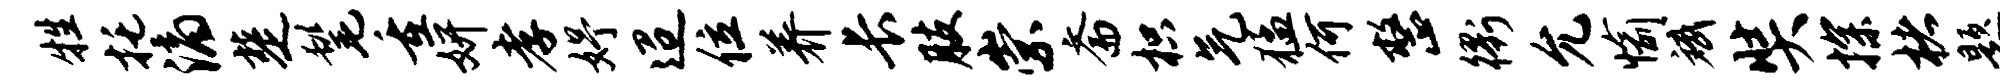
牲托滴楚髦重妍孝妤迢位养长肢崇斋枳气猛何整衢允愉斌奘探楮题